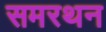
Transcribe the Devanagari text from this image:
समरथन